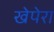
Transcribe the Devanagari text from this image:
खेपेरा